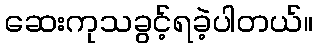
ဆေးကုသခွင့်ရခဲ့ပါတယ်။